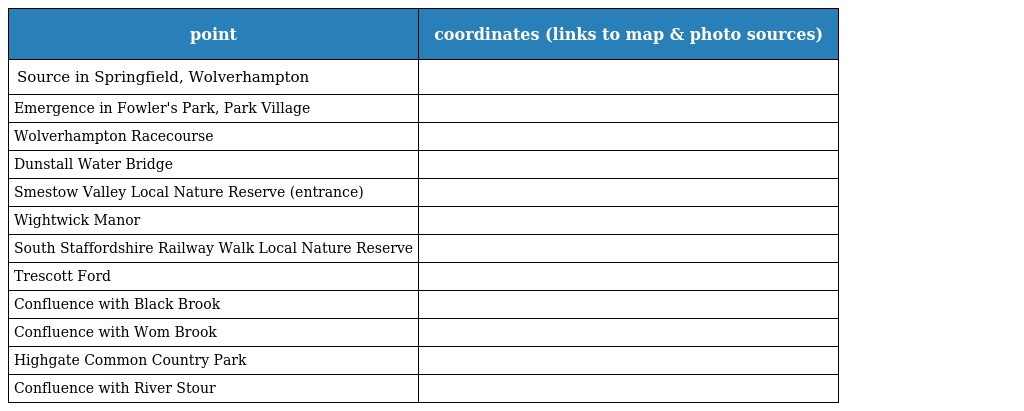
| point | coordinates (links to map & photo sources) |
 | --- | --- |
 | Source in Springfield, Wolverhampton |  |
 | Emergence in Fowler's Park, Park Village |  |
 | Wolverhampton Racecourse |  |
 | Dunstall Water Bridge |  |
 | Smestow Valley Local Nature Reserve (entrance) |  |
 | Wightwick Manor |  |
 | South Staffordshire Railway Walk Local Nature Reserve |  |
 | Trescott Ford |  |
 | Confluence with Black Brook |  |
 | Confluence with Wom Brook |  |
 | Highgate Common Country Park |  |
 | Confluence with River Stour |  |